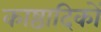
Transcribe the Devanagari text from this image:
काष्ठादिकों